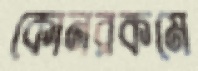
কোনরকমে